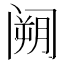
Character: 𮸧